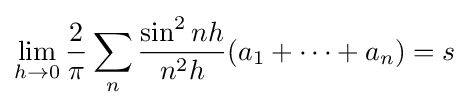
\lim _{h\rightarrow 0}{\frac {2}{\pi }}\sum _{n}{\frac {\sin ^{2}nh}{n^{2}h}}(a_{1}+\cdots +a_{n})=s